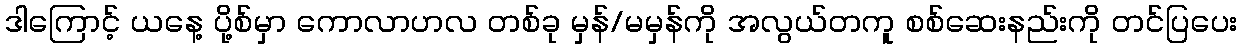
ဒါကြောင့် ယနေ့ ပို့စ်မှာ ကောလာဟလ တစ်ခု မှန်/မမှန်ကို အလွယ်တကူ စစ်ဆေးနည်းကို တင်ပြပေး